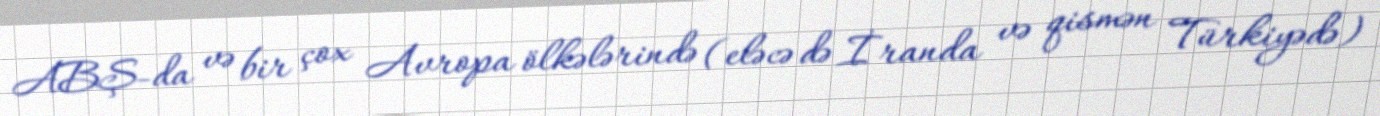
ABŞ-da və bir çox Avropa ölkələrində (eləcə də İranda və qismən Türkiyədə)